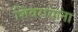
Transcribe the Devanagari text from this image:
शिवरायाना